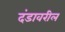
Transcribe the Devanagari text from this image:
दंडावरील